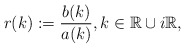
\begin{align*}r(k):=\frac{b(k)}{a(k)}, k \in \mathbb{R} \cup i\mathbb{R},\end{align*}